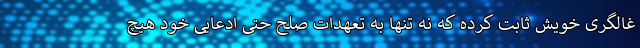
غالگری خویش ثابت کرده که نه تنها به تعهدات صلح حتی ادعایی خود هیچ